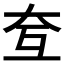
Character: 𡗨